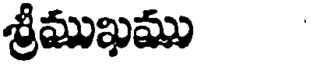
శ్రీముఖము